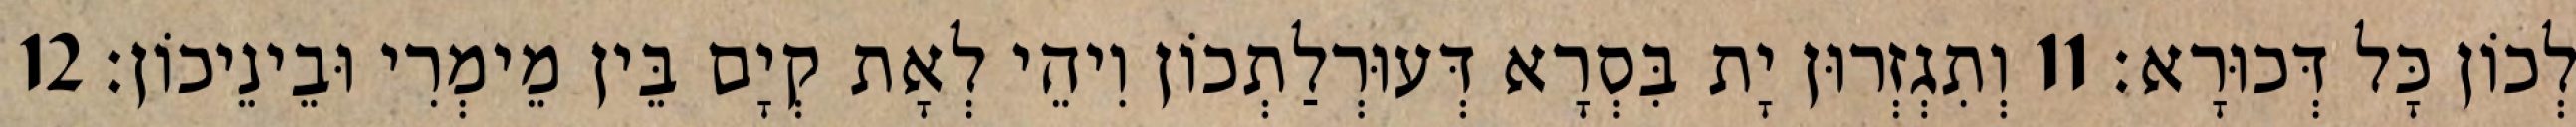
לְכוֹן כָּל דְּכוּרָא׃ 11 וְתִגְזְרוּן יָת בִּסְרָא דְּעוּרְלַתְכוֹן וִיהֵי לְאָת קְיָם בֵּין מֵימְרִי וּבֵינֵיכוֹן׃ 12